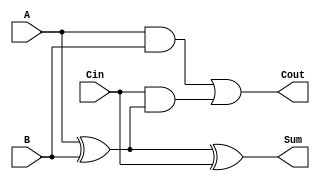
module full_adder (
    input wire A,      // First input bit
    input wire B,      // Second input bit
    input wire Cin,    // Carry-in bit
    output wire Sum,   // Sum output
    output wire Cout   // Carry-out output
);

// Internal signals for intermediate calculations
wire A_xor_B;

// Calculate Sum using XOR gates
assign A_xor_B = A ^ B;          // A XOR B
assign Sum = A_xor_B ^ Cin;      // (A XOR B) XOR Cin

// Calculate Cout using AND and OR gates
assign Cout = (A & B) | (Cin & A_xor_B); // (A AND B) OR (Cin AND (A XOR B))

endmodule